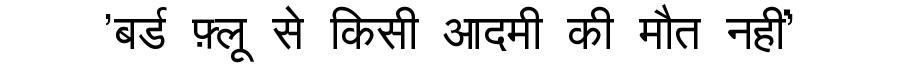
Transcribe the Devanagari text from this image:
'बर्ड फ़्लू से किसी आदमी की मौत नहीं'